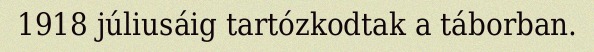
1918 júliusáig tartózkodtak a táborban.